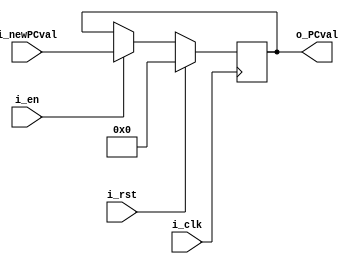
`timescale 1ns / 1ps

module pc
#(
    parameter PCLEN = 11
)
(
    input wire  i_clk,
    input wire  i_rst,
    input wire  i_en,
    input wire [PCLEN-1:0] i_newPCval,
    
    output wire [PCLEN-1:0] o_PCval
);

reg [PCLEN -1 : 0] regPC;

//TODO possible error: not changing with every i_en signal
always @(negedge i_clk)
begin
    if(i_rst)
        regPC <=0;
    else if(i_en)
        regPC <= i_newPCval;
    else
        regPC <= regPC;
end

assign o_PCval = regPC;

endmodule